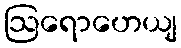
ဩရောဟေယျ